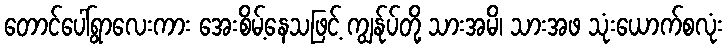
တောင်ပေါ်ရွာလေးကား အေးစိမ့်နေသဖြင့် ကျွန်ုပ်တို့ သားအမိ၊ သားအဖ သုံးယောက်စလုံး